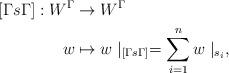
LaTeX: \begin{align*} [\Gamma s \Gamma]: W^\Gamma & \to W^\Gamma\\ w & \mapsto w\mid_{[\Gamma s \Gamma]} = \sum_{i=1}^n w\mid_{ s_i},\end{align*}